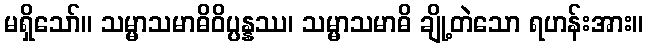
မရှိသော်။ သမ္မာသမာဓိဝိပ္ပန္နဿ၊ သမ္မာသမာဓိ ချို့တဲသော ရဟန်းအား။